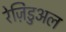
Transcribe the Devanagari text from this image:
रेज़िडुअल